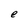
Character: e